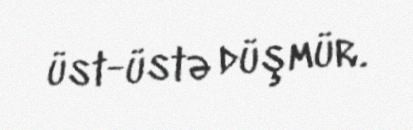
üst-üstə düşmür.